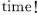
time!